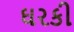
ઘરકી